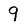
Character: 9